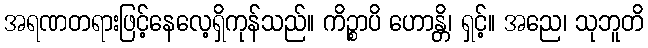
အရဏတရားဖြင့်နေလေ့ရှိကုန်သည်။ ကိဉ္စာပိ ဟောန္တိ၊ ရှင့်။ အညေ၊ သုဘူတိ